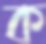
ক